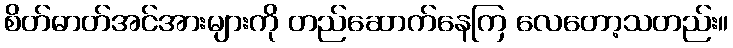
စိတ်ဓာတ်အင်အားများကို တည်ဆောက်နေကြ လေတော့သတည်း။